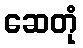
ဆေတုံ